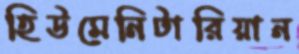
হিউমেনিটারিয়ান